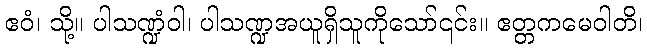
ဧဝံ၊ သို့။ ပါသဏ္ဍံဝါ၊ ပါသဏ္ဍအယူရှိသူကိုသော်၎င်း။ ဧတ္တကမေဝါတိ၊